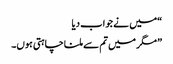
“میں نے جواب دیا
” مگر میں تم سے ملنا چاہتی ہوں۔